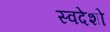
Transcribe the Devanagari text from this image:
स्वदेशो